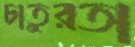
চাতুরতা